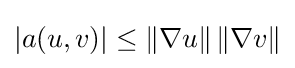
|a(u,v)|\leq \|\nabla u\|\,\|\nabla v\|